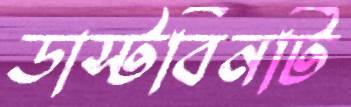
ডাস্টবিনটি